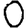
Digit: 0